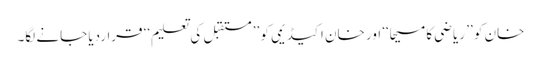
خان کو ’’ ریاضی کا مسیحا‘‘ اور خان اکیڈیمی کو ’’ مستقبل کی تعلیم‘‘ قراردیا جانے لگا۔